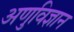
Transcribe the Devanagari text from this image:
अणुविज्ञान